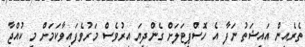
ތެރެއިން އައިޝަތު ނަފާ އެ ހޮސްޕިޓަލަށް ގެންދިޔަ އިރުވެސް މަރުވެފައިވާކަމަށް މި ކުއްޖާ